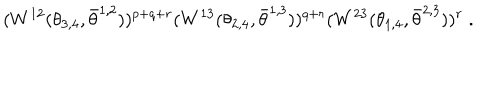
( W ^ { 1 2 } ( \theta _ { 3 , 4 } , \bar { \theta } ^ { 1 , 2 } ) ) ^ { p + q + r } ( W ^ { 1 3 } ( \theta _ { 2 , 4 } , \bar { \theta } ^ { 1 , 3 } ) ) ^ { q + r } ( W ^ { 2 3 } ( \theta _ { 1 , 4 } , \bar { \theta } ^ { 2 , 3 } ) ) ^ { r } \; .